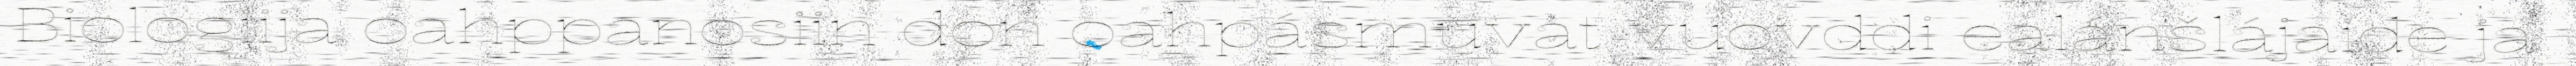
Biologiija oahppanosiin don oahpásmuvat vuovddi ealánšlájaide ja